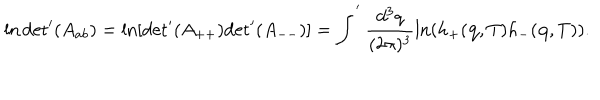
\ln \mathrm { d e t } ^ { \prime } ( A _ { a b } ) = \ln [ \mathrm { d e t } ^ { \prime } ( A _ { + + } ) \mathrm { d e t } ^ { \prime } ( A _ { -- } ) ] = \int ^ { ' } \frac { d ^ { 3 } q } { ( 2 \pi ) ^ { 3 } } \ln ( h _ { + } ( { \bf q } , T ) h _ { - } ( { \bf q } , T ) ) .